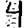
Digit: 4